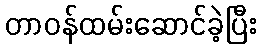
တာဝန်ထမ်းဆောင်ခဲ့ပြီး